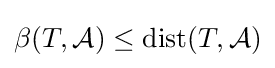
\beta (T,{\mathcal {A}})\leq {\mbox{dist}}(T,{\mathcal {A}})